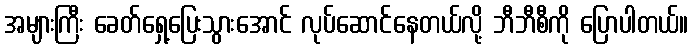
အများကြီး ခေတ်ရှေ့ပြေးသွားအောင် လုပ်ဆောင်နေတယ်လို့ ဘီဘီစီကို ပြောပါတယ်။